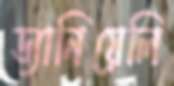
ড্যানিয়েলি